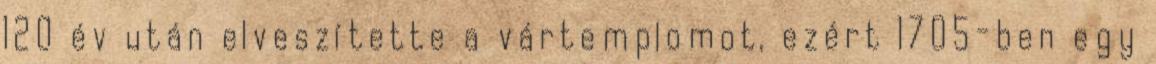
120 év után elveszítette a vártemplomot, ezért 1705-ben egy